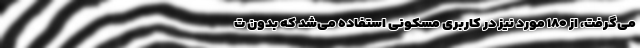
می‌گرفت، از ۱۸۰ مورد نیز در کاربری مسکونی استفاده می‌شد که بدون ت